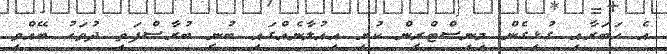
އެ ހަބަރާއި ގުޅިގެން މިނިސްޓްރީން ކުރި އިއުލާނެއްގައި ބުނީ ބުރާސްފަތި ދުވަހު ބޭއްވި